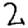
Digit: 2